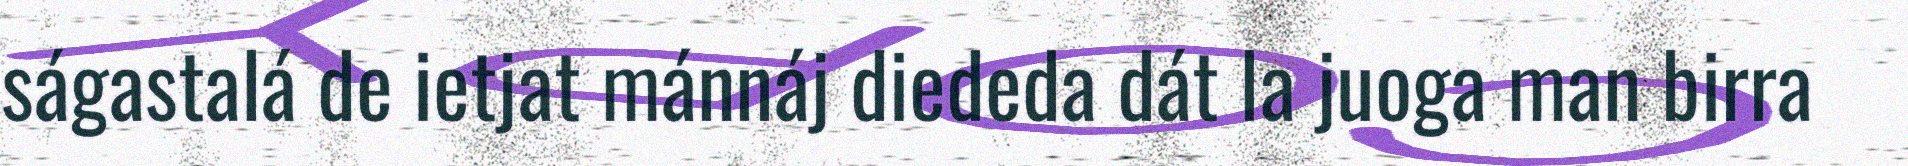
ságastalá de ietjat mánnáj diededa dát la juoga man birra